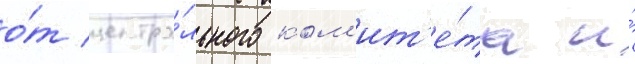
о́т центра́льного ком'ит'е́та и́